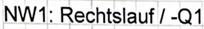
Text: NW1: Rechtslauf / -Q1